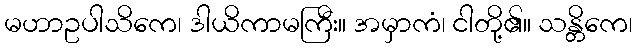
မဟာဥပါသိကေ၊ ဒါယိကာမကြီး။ အမှာကံ၊ ငါတို့၏။ သန္တိကေ၊